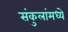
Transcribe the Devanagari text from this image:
संकुलांमध्ये